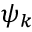
\psi _ { k }